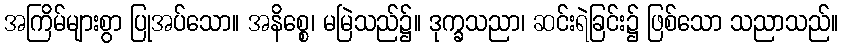
အကြိမ်များစွာ ပြုအပ်သော။ အနိစ္စေ၊ မမြဲသည်၌။ ဒုက္ခသညာ၊ ဆင်းရဲခြင်း၌ ဖြစ်သော သညာသည်။